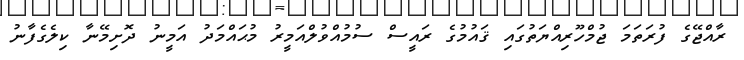
ރާއްޖޭގެ ފުރަތަމަ ޖުމްހޫރިއްޔަތުގައި ޤައުމުގެ ރައީސް ސުމުއްވުލްއަމީރު މުޙައްމަދު އަމީނު ދޮށިމޭނާ ކިލެގެފާނު